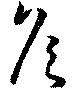
矦